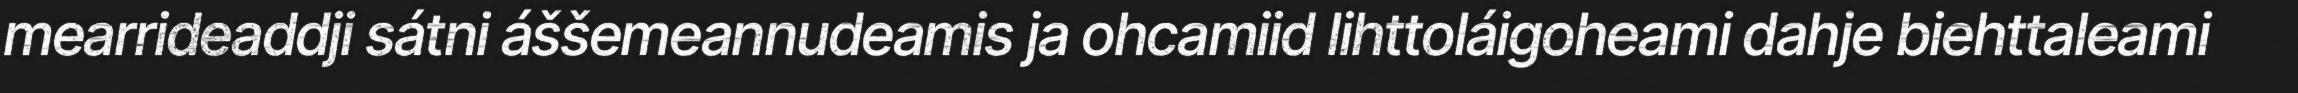
mearrideaddji sátni áššemeannudeamis ja ohcamiid lihttoláigoheami dahje biehttaleami